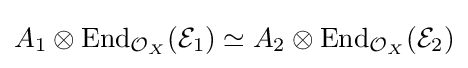
A_{1}\otimes \mathrm {End} _{{\mathcal {O}}_{X}}({\mathcal {E}}_{1})\simeq A_{2}\otimes \mathrm {End} _{{\mathcal {O}}_{X}}({\mathcal {E}}_{2})